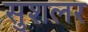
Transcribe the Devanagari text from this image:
सुशलर